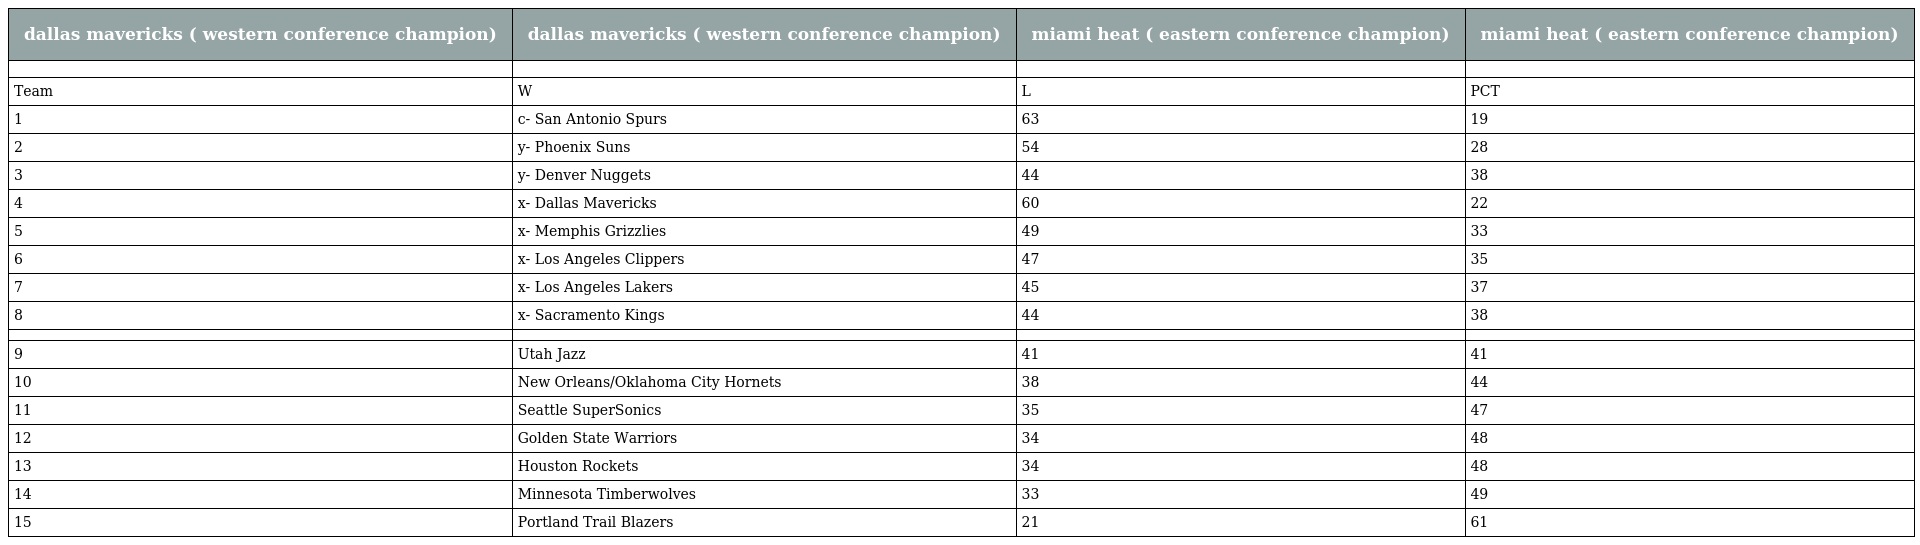
| dallas mavericks ( western conference champion) | dallas mavericks ( western conference champion) | miami heat ( eastern conference champion) | miami heat ( eastern conference champion) |
 | --- | --- | --- | --- |
 |  |  |  |  |
 | Team | W | L | PCT |
 | 1 | c- San Antonio Spurs | 63 | 19 |
 | 2 | y- Phoenix Suns | 54 | 28 |
 | 3 | y- Denver Nuggets | 44 | 38 |
 | 4 | x- Dallas Mavericks | 60 | 22 |
 | 5 | x- Memphis Grizzlies | 49 | 33 |
 | 6 | x- Los Angeles Clippers | 47 | 35 |
 | 7 | x- Los Angeles Lakers | 45 | 37 |
 | 8 | x- Sacramento Kings | 44 | 38 |
 |  |  |  |  |
 | 9 | Utah Jazz | 41 | 41 |
 | 10 | New Orleans/Oklahoma City Hornets | 38 | 44 |
 | 11 | Seattle SuperSonics | 35 | 47 |
 | 12 | Golden State Warriors | 34 | 48 |
 | 13 | Houston Rockets | 34 | 48 |
 | 14 | Minnesota Timberwolves | 33 | 49 |
 | 15 | Portland Trail Blazers | 21 | 61 |